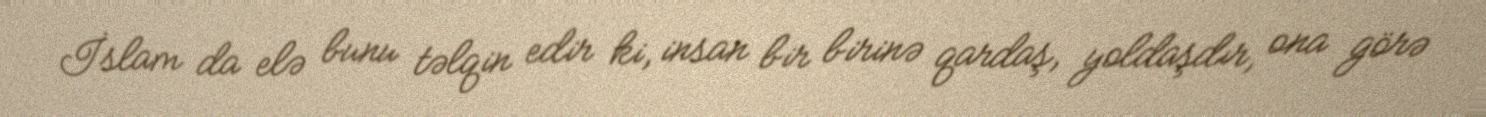
İslam da elə bunu təlqin edir ki, insan bir birinə qardaş, yoldaşdır, ona görə